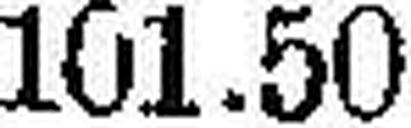
101.50